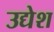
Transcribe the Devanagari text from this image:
उद्येश